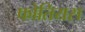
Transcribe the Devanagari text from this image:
फोतियस